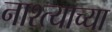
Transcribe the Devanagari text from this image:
नाश्त्याच्या